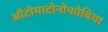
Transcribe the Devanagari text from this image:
औटोमाटोनोफोबिया